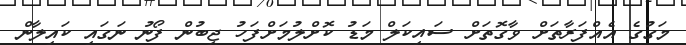
މަގުގެ އެއްފަރާތަށް ވާގޮތަށް ސައިކަލް މަޑު ކޮށްލުމަށްފަހު ޖީބުން ފޯނު ނަގައި ކައިލާން